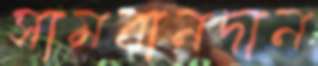
সামবানদান